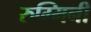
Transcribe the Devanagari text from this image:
रुग्मिनी